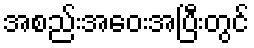
အစည်းအဝေးအပြီးတွင်